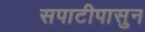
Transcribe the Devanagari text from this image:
सपाटीपासुन